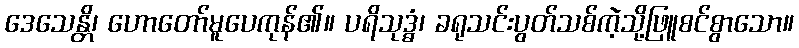
ဒေသေန္တိ၊ ဟောတော်မူပေကုန်၏။ ပရိသုဒ္ဓံ၊ ခရုသင်းပွတ်သစ်ကဲ့သို့ဖြူစင်စွာသော။